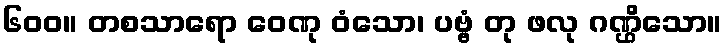
၆၀၀။ တစသာရော ဝေဏု ဝံသော၊ ပဗ္ဗံ တု ဖလု ဂဏ္ဌိသော။